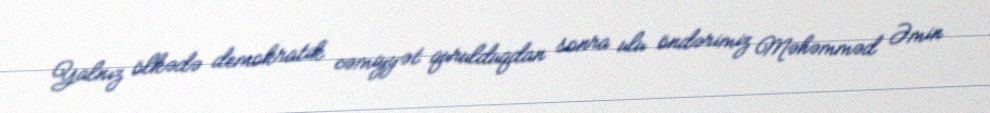
Yalnız ölkədə demokratik cəmiyyət qurulduqdan sonra ulu öndərimiz Məhəmməd Əmin